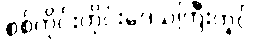
စစ်ကိုင်းတိုင်းဒေသကြီးတွင်